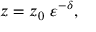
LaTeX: z = z _ { 0 } \ \varepsilon ^ { - \delta } ,